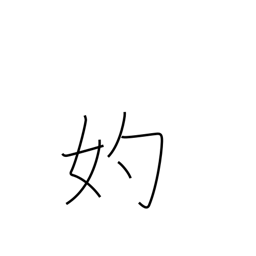
Meaning: go-between